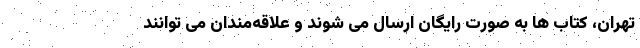
تهران، کتاب ها به صورت رایگان ارسال می شوند و علاقه‌مندان می توانند